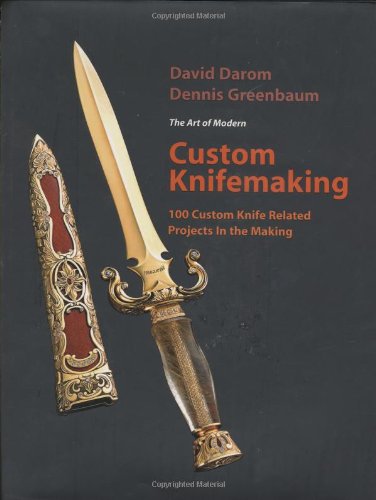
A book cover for Custom Knifemaking: 100 Custom Knife Related Projects in the Making; David Darom; Crafts, Hobbies & Home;